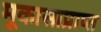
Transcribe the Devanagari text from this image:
मूकासाप्राप्त